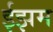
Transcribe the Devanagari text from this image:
ईझम